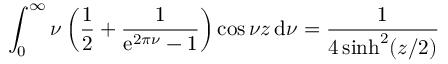
\int _ { 0 } ^ { \infty } \nu \left( \frac { 1 } { 2 } + \frac { 1 } { \mathrm { e } ^ { 2 \pi \nu } - 1 } \right) \cos \nu z \, \mathrm { d } \nu = \frac { 1 } { 4 \sinh ^ { 2 } ( z / 2 ) }